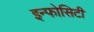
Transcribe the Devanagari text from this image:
इन्फोसिटी